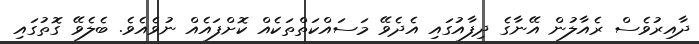
ދާއިރުވެސް ރެއާލުން އޭނާގެ ދިފާއުގައި އެދެވޭ މަސައްކަތްތަކެއް ކޮށްފައެއް ނުވެއެވެ. ބެލެވޭ ގޮތުގައި